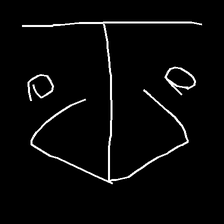
Glyph: earth